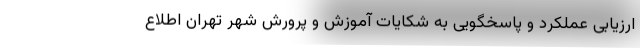
ارزیابی عملکرد و پاسخگویی به شکایات آموزش و پرورش شهر تهران اطلاع